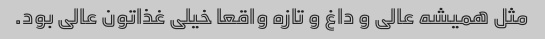
مثل همیشه عالی و داغ و تازه واقعا خیلی غذاتون عالی بود.